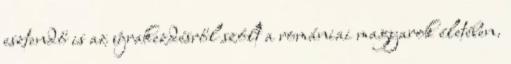
esztendő is az újrakezdésről szólt a romániai magyarok életében.